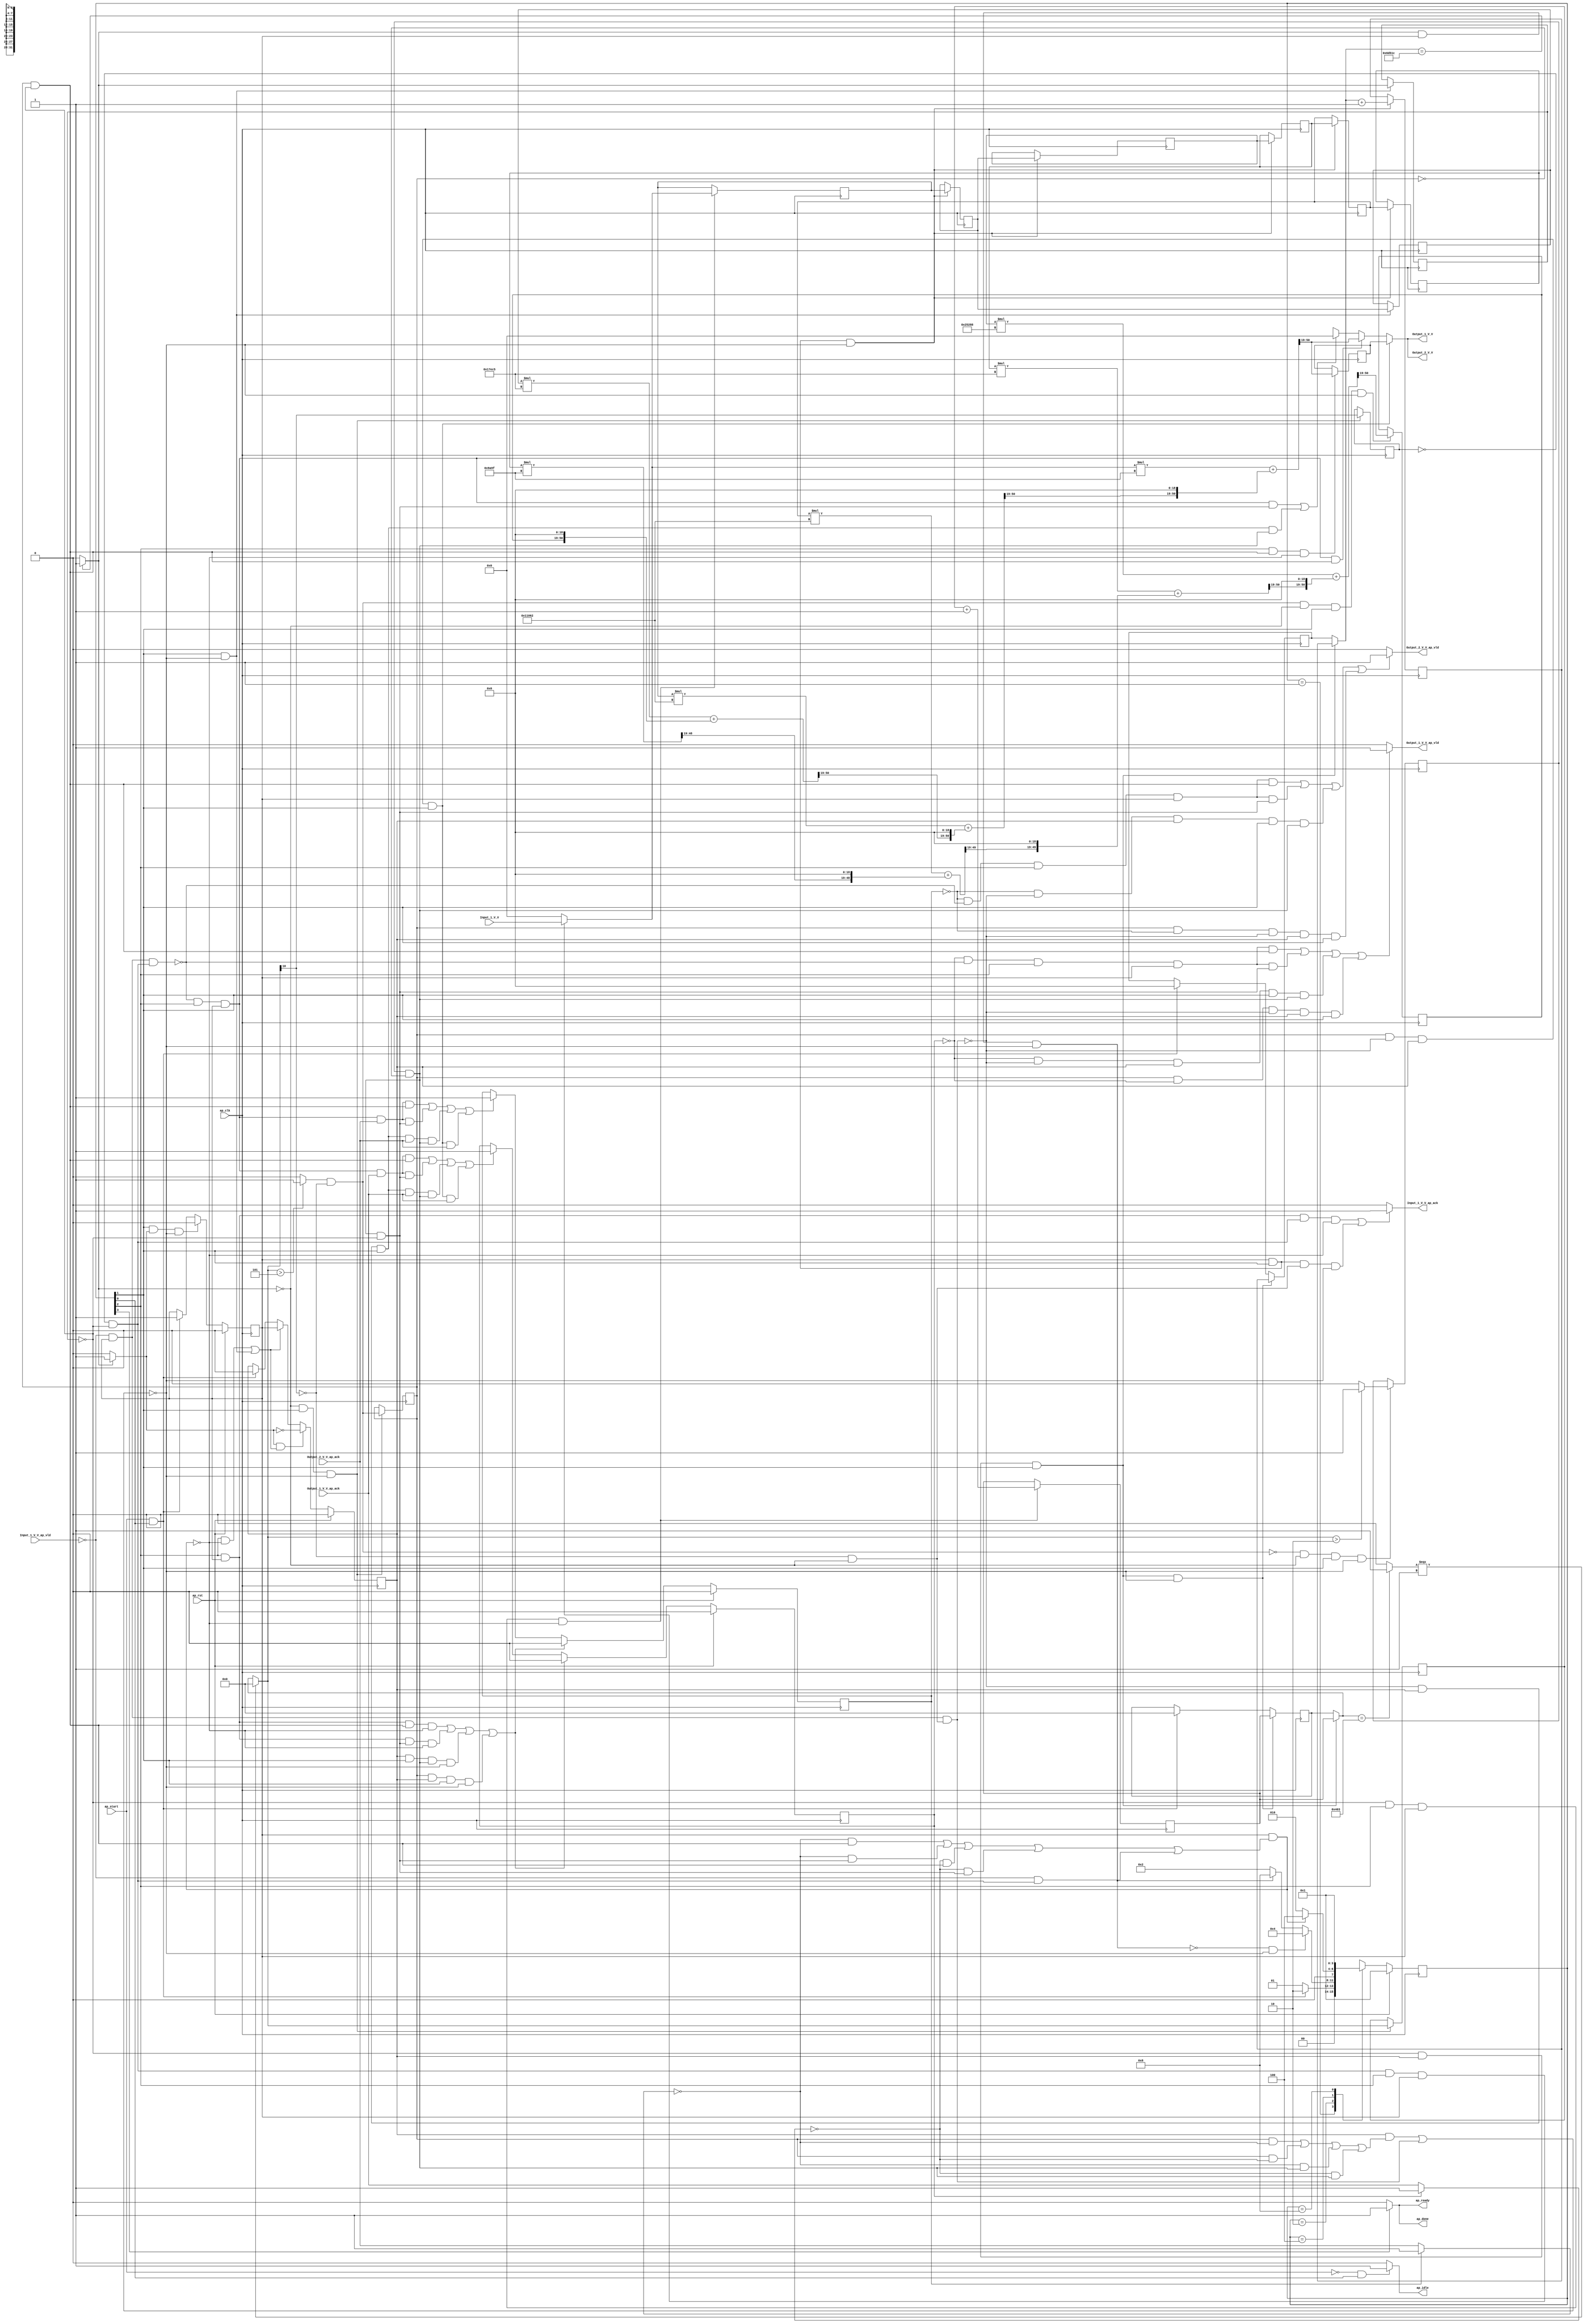
// ==============================================================
// RTL generated by Vivado(TM) HLS - High-Level Synthesis from C, C++ and SystemC
// Version: 2018.2
// Copyright (C) 1986-2018 Xilinx, Inc. All Rights Reserved.
// 
// ===========================================================

`timescale 1 ns / 1 ps 

(* CORE_GENERATION_INFO="gradient_weight_x1,hls_ip_2018_2,{HLS_INPUT_TYPE=cxx,HLS_INPUT_FLOAT=0,HLS_INPUT_FIXED=1,HLS_INPUT_PART=xczu9eg-ffvb1156-2-i,HLS_INPUT_CLOCK=10.000000,HLS_INPUT_ARCH=others,HLS_SYN_CLOCK=6.730643,HLS_SYN_LAT=895546,HLS_SYN_TPT=none,HLS_SYN_MEM=0,HLS_SYN_DSP=21,HLS_SYN_FF=371,HLS_SYN_LUT=809,HLS_VERSION=2018_2}" *)

module gradient_weight_x1 (
        ap_clk,
        ap_rst,
        ap_start,
        ap_done,
        ap_idle,
        ap_ready,
        Input_1_V_V,
        Input_1_V_V_ap_vld,
        Input_1_V_V_ap_ack,
        Output_1_V_V,
        Output_1_V_V_ap_vld,
        Output_1_V_V_ap_ack,
        Output_2_V_V,
        Output_2_V_V_ap_vld,
        Output_2_V_V_ap_ack
);

parameter    ap_ST_fsm_state1 = 4'd1;
parameter    ap_ST_fsm_pp0_stage0 = 4'd2;
parameter    ap_ST_fsm_pp0_stage1 = 4'd4;
parameter    ap_ST_fsm_state5 = 4'd8;

input   ap_clk;
input   ap_rst;
input   ap_start;
output   ap_done;
output   ap_idle;
output   ap_ready;
input  [31:0] Input_1_V_V;
input   Input_1_V_V_ap_vld;
output   Input_1_V_V_ap_ack;
output  [31:0] Output_1_V_V;
output   Output_1_V_V_ap_vld;
input   Output_1_V_V_ap_ack;
output  [31:0] Output_2_V_V;
output   Output_2_V_V_ap_vld;
input   Output_2_V_V_ap_ack;

reg ap_done;
reg ap_idle;
reg ap_ready;
reg Input_1_V_V_ap_ack;
reg[31:0] Output_1_V_V;
reg Output_1_V_V_ap_vld;
reg[31:0] Output_2_V_V;
reg Output_2_V_V_ap_vld;

(* fsm_encoding = "none" *) reg   [3:0] ap_CS_fsm;
wire    ap_CS_fsm_state1;
reg    Input_1_V_V_blk_n;
wire    ap_CS_fsm_pp0_stage0;
reg    ap_enable_reg_pp0_iter0;
wire    ap_block_pp0_stage0;
wire   [0:0] exitcond_flatten_fu_186_p2;
wire   [0:0] tmp_1_fu_237_p3;
wire    ap_CS_fsm_pp0_stage1;
wire    ap_block_pp0_stage1;
reg   [0:0] exitcond_flatten_reg_568;
reg   [0:0] tmp_1_reg_582;
reg    Output_1_V_V_blk_n;
reg   [0:0] or_cond_reg_586;
reg    ap_enable_reg_pp0_iter1;
reg   [0:0] tmp_s_reg_590;
reg    Output_2_V_V_blk_n;
reg   [18:0] indvar_flatten_reg_134;
reg   [10:0] c_reg_145;
reg  signed [31:0] buf_val_0_x_V_4_lo_reg_563;
reg    ap_predicate_op41_read_state2;
reg    ap_block_state2_pp0_stage0_iter0;
wire    ap_block_state4_pp0_stage0_iter1;
reg    ap_sig_ioackin_Output_1_V_V_ap_ack;
reg    ap_predicate_op100_write_state4;
reg    ap_sig_ioackin_Output_2_V_V_ap_ack;
reg    ap_block_state4_io;
reg    ap_block_pp0_stage0_11001;
wire   [18:0] indvar_flatten_next_fu_192_p2;
reg   [18:0] indvar_flatten_next_reg_572;
wire   [10:0] c_mid2_fu_229_p3;
reg   [10:0] c_mid2_reg_577;
wire   [0:0] or_cond_fu_257_p2;
wire   [0:0] tmp_s_fu_263_p2;
reg   [31:0] tmp_6_reg_594;
reg   [31:0] tmp_V_reg_599;
reg    ap_predicate_op68_read_state3;
reg    ap_block_state3_pp0_stage1_iter0;
reg    ap_predicate_op73_write_state3;
reg    ap_predicate_op93_write_state3;
reg    ap_block_state3_io;
reg    ap_block_pp0_stage1_11001;
wire   [10:0] c_1_fu_522_p2;
reg   [10:0] c_1_reg_605;
reg    ap_block_pp0_stage0_subdone;
reg    ap_condition_pp0_exit_iter0_state2;
reg    ap_block_pp0_stage1_subdone;
reg   [18:0] ap_phi_mux_indvar_flatten_phi_fu_138_p4;
reg   [10:0] ap_phi_mux_c_phi_fu_149_p4;
reg  signed [31:0] ap_phi_mux_buf_val_0_x_V_6_phi_fu_160_p4;
reg   [31:0] buf_val_0_x_V_5_fu_88;
reg   [31:0] buf_val_0_x_V_0_fu_92;
reg   [31:0] buf_val_0_x_V_1_fu_96;
reg   [31:0] buf_val_0_x_V_2_fu_100;
reg   [31:0] buf_val_0_x_V_3_fu_104;
reg   [31:0] buf_val_0_x_V_4_fu_108;
reg    ap_block_pp0_stage1_01001;
reg    ap_block_pp0_stage0_01001;
reg    ap_reg_ioackin_Output_1_V_V_ap_ack;
reg    ap_reg_ioackin_Output_2_V_V_ap_ack;
wire   [0:0] exitcond_fu_223_p2;
wire   [0:0] tmp_9_fu_251_p2;
wire   [0:0] rev_fu_245_p2;
wire  signed [31:0] OP1_V_cast_fu_269_p0;
wire  signed [31:0] p_Val2_3_fu_273_p0;
wire   [48:0] p_Val2_3_fu_273_p2;
wire  signed [31:0] OP1_V_1_cast_fu_289_p0;
wire  signed [31:0] p_Val2_3_1_fu_293_p0;
wire   [29:0] tmp_4_fu_279_p4;
wire   [48:0] tmp_fu_299_p3;
wire   [49:0] p_Val2_3_1_fu_293_p2;
wire  signed [49:0] tmp_12_1_cast_fu_307_p1;
wire  signed [31:0] OP1_V_2_cast_fu_317_p0;
wire  signed [31:0] p_Val2_3_2_fu_321_p0;
wire   [49:0] p_Val2_4_1_fu_311_p2;
wire   [30:0] tmp_3_fu_327_p4;
wire   [49:0] tmp_10_fu_337_p3;
wire   [49:0] p_Val2_3_2_fu_321_p2;
wire  signed [50:0] tmp_138_2_cast_fu_349_p1;
wire  signed [50:0] tmp_12_2_fu_345_p1;
wire  signed [31:0] OP1_V_3_cast_fu_359_p0;
wire  signed [31:0] p_Val2_3_3_fu_363_p0;
wire   [50:0] p_Val2_4_2_fu_353_p2;
wire   [31:0] tmp_5_fu_369_p4;
wire   [50:0] p_Val2_3_3_fu_363_p2;
wire   [50:0] tmp_12_3_fu_379_p3;
wire   [50:0] p_Val2_4_3_fu_387_p2;
wire  signed [31:0] p_Val2_3_4_fu_411_p0;
wire   [49:0] p_Val2_3_4_fu_411_p2;
wire  signed [50:0] tmp_138_4_cast_fu_424_p1;
wire   [50:0] tmp_12_4_fu_417_p3;
wire  signed [31:0] OP1_V_5_cast_fu_434_p0;
wire  signed [31:0] p_Val2_3_5_fu_438_p0;
wire   [50:0] p_Val2_4_4_fu_428_p2;
wire   [31:0] tmp_7_fu_444_p4;
wire   [49:0] p_Val2_3_5_fu_438_p2;
wire  signed [50:0] tmp_138_5_cast_fu_462_p1;
wire   [50:0] tmp_12_5_fu_454_p3;
wire  signed [31:0] p_Val2_3_6_fu_476_p0;
wire   [50:0] p_Val2_4_5_fu_466_p2;
wire   [31:0] tmp_8_fu_482_p4;
wire   [48:0] p_Val2_3_6_fu_476_p2;
wire  signed [50:0] tmp_138_6_cast_fu_500_p1;
wire   [50:0] tmp_12_6_fu_492_p3;
wire   [50:0] p_Val2_4_6_fu_504_p2;
wire    ap_CS_fsm_state5;
reg   [3:0] ap_NS_fsm;
reg    ap_idle_pp0;
wire    ap_enable_pp0;

// power-on initialization
initial begin
#0 ap_CS_fsm = 4'd1;
#0 ap_enable_reg_pp0_iter0 = 1'b0;
#0 ap_enable_reg_pp0_iter1 = 1'b0;
#0 ap_reg_ioackin_Output_1_V_V_ap_ack = 1'b0;
#0 ap_reg_ioackin_Output_2_V_V_ap_ack = 1'b0;
end

always @ (posedge ap_clk) begin
    if (ap_rst == 1'b1) begin
        ap_CS_fsm <= ap_ST_fsm_state1;
    end else begin
        ap_CS_fsm <= ap_NS_fsm;
    end
end

always @ (posedge ap_clk) begin
    if (ap_rst == 1'b1) begin
        ap_enable_reg_pp0_iter0 <= 1'b0;
    end else begin
        if (((1'b1 == ap_CS_fsm_pp0_stage0) & (1'b1 == ap_condition_pp0_exit_iter0_state2) & (1'b0 == ap_block_pp0_stage0_subdone))) begin
            ap_enable_reg_pp0_iter0 <= 1'b0;
        end else if (((ap_start == 1'b1) & (1'b1 == ap_CS_fsm_state1))) begin
            ap_enable_reg_pp0_iter0 <= 1'b1;
        end
    end
end

always @ (posedge ap_clk) begin
    if (ap_rst == 1'b1) begin
        ap_enable_reg_pp0_iter1 <= 1'b0;
    end else begin
        if (((1'b1 == ap_condition_pp0_exit_iter0_state2) & (((1'b1 == ap_CS_fsm_pp0_stage1) & (1'b0 == ap_block_pp0_stage1_subdone)) | ((1'b1 == ap_CS_fsm_pp0_stage0) & (1'b0 == ap_block_pp0_stage0_subdone))))) begin
            ap_enable_reg_pp0_iter1 <= (1'b1 ^ ap_condition_pp0_exit_iter0_state2);
        end else if ((((1'b1 == ap_CS_fsm_pp0_stage1) & (1'b0 == ap_block_pp0_stage1_subdone)) | ((1'b1 == ap_CS_fsm_pp0_stage0) & (1'b0 == ap_block_pp0_stage0_subdone)))) begin
            ap_enable_reg_pp0_iter1 <= ap_enable_reg_pp0_iter0;
        end else if (((ap_start == 1'b1) & (1'b1 == ap_CS_fsm_state1))) begin
            ap_enable_reg_pp0_iter1 <= 1'b0;
        end
    end
end

always @ (posedge ap_clk) begin
    if (ap_rst == 1'b1) begin
        ap_reg_ioackin_Output_1_V_V_ap_ack <= 1'b0;
    end else begin
        if ((((1'b1 == ap_CS_fsm_pp0_stage1) & (ap_enable_reg_pp0_iter0 == 1'b1) & (ap_predicate_op93_write_state3 == 1'b1) & (1'b0 == ap_block_pp0_stage1_11001)) | ((1'b1 == ap_CS_fsm_pp0_stage1) & (ap_enable_reg_pp0_iter0 == 1'b1) & (ap_predicate_op73_write_state3 == 1'b1) & (1'b0 == ap_block_pp0_stage1_11001)) | ((ap_enable_reg_pp0_iter1 == 1'b1) & (1'b1 == ap_CS_fsm_pp0_stage0) & (ap_predicate_op100_write_state4 == 1'b1) & (1'b0 == ap_block_pp0_stage0_11001)) | ((or_cond_reg_586 == 1'd1) & (ap_enable_reg_pp0_iter1 == 1'b1) & (1'b1 == ap_CS_fsm_pp0_stage0) & (1'b0 == ap_block_pp0_stage0_11001)))) begin
            ap_reg_ioackin_Output_1_V_V_ap_ack <= 1'b0;
        end else if ((((1'b0 == ap_block_pp0_stage1_01001) & (1'b1 == ap_CS_fsm_pp0_stage1) & (ap_enable_reg_pp0_iter0 == 1'b1) & (1'b1 == Output_1_V_V_ap_ack) & (ap_predicate_op93_write_state3 == 1'b1)) | ((1'b0 == ap_block_pp0_stage1_01001) & (1'b1 == ap_CS_fsm_pp0_stage1) & (ap_enable_reg_pp0_iter0 == 1'b1) & (1'b1 == Output_1_V_V_ap_ack) & (ap_predicate_op73_write_state3 == 1'b1)) | ((1'b0 == ap_block_pp0_stage0_01001) & (ap_enable_reg_pp0_iter1 == 1'b1) & (1'b1 == ap_CS_fsm_pp0_stage0) & (1'b1 == Output_1_V_V_ap_ack) & (ap_predicate_op100_write_state4 == 1'b1)) | ((or_cond_reg_586 == 1'd1) & (1'b0 == ap_block_pp0_stage0_01001) & (ap_enable_reg_pp0_iter1 == 1'b1) & (1'b1 == ap_CS_fsm_pp0_stage0) & (1'b1 == Output_1_V_V_ap_ack)))) begin
            ap_reg_ioackin_Output_1_V_V_ap_ack <= 1'b1;
        end
    end
end

always @ (posedge ap_clk) begin
    if (ap_rst == 1'b1) begin
        ap_reg_ioackin_Output_2_V_V_ap_ack <= 1'b0;
    end else begin
        if ((((1'b1 == ap_CS_fsm_pp0_stage1) & (ap_enable_reg_pp0_iter0 == 1'b1) & (ap_predicate_op93_write_state3 == 1'b1) & (1'b0 == ap_block_pp0_stage1_11001)) | ((1'b1 == ap_CS_fsm_pp0_stage1) & (ap_enable_reg_pp0_iter0 == 1'b1) & (ap_predicate_op73_write_state3 == 1'b1) & (1'b0 == ap_block_pp0_stage1_11001)) | ((ap_enable_reg_pp0_iter1 == 1'b1) & (1'b1 == ap_CS_fsm_pp0_stage0) & (ap_predicate_op100_write_state4 == 1'b1) & (1'b0 == ap_block_pp0_stage0_11001)) | ((or_cond_reg_586 == 1'd1) & (ap_enable_reg_pp0_iter1 == 1'b1) & (1'b1 == ap_CS_fsm_pp0_stage0) & (1'b0 == ap_block_pp0_stage0_11001)))) begin
            ap_reg_ioackin_Output_2_V_V_ap_ack <= 1'b0;
        end else if ((((1'b0 == ap_block_pp0_stage1_01001) & (1'b1 == ap_CS_fsm_pp0_stage1) & (ap_enable_reg_pp0_iter0 == 1'b1) & (1'b1 == Output_2_V_V_ap_ack) & (ap_predicate_op93_write_state3 == 1'b1)) | ((1'b0 == ap_block_pp0_stage1_01001) & (1'b1 == ap_CS_fsm_pp0_stage1) & (ap_enable_reg_pp0_iter0 == 1'b1) & (1'b1 == Output_2_V_V_ap_ack) & (ap_predicate_op73_write_state3 == 1'b1)) | ((1'b0 == ap_block_pp0_stage0_01001) & (ap_enable_reg_pp0_iter1 == 1'b1) & (1'b1 == ap_CS_fsm_pp0_stage0) & (1'b1 == Output_2_V_V_ap_ack) & (ap_predicate_op100_write_state4 == 1'b1)) | ((or_cond_reg_586 == 1'd1) & (1'b0 == ap_block_pp0_stage0_01001) & (ap_enable_reg_pp0_iter1 == 1'b1) & (1'b1 == ap_CS_fsm_pp0_stage0) & (1'b1 == Output_2_V_V_ap_ack)))) begin
            ap_reg_ioackin_Output_2_V_V_ap_ack <= 1'b1;
        end
    end
end

always @ (posedge ap_clk) begin
    if (((exitcond_flatten_reg_568 == 1'd0) & (ap_enable_reg_pp0_iter1 == 1'b1) & (1'b1 == ap_CS_fsm_pp0_stage0) & (1'b0 == ap_block_pp0_stage0_11001))) begin
        c_reg_145 <= c_1_reg_605;
    end else if (((ap_start == 1'b1) & (1'b1 == ap_CS_fsm_state1))) begin
        c_reg_145 <= 11'd0;
    end
end

always @ (posedge ap_clk) begin
    if (((exitcond_flatten_reg_568 == 1'd0) & (ap_enable_reg_pp0_iter1 == 1'b1) & (1'b1 == ap_CS_fsm_pp0_stage0) & (1'b0 == ap_block_pp0_stage0_11001))) begin
        indvar_flatten_reg_134 <= indvar_flatten_next_reg_572;
    end else if (((ap_start == 1'b1) & (1'b1 == ap_CS_fsm_state1))) begin
        indvar_flatten_reg_134 <= 19'd0;
    end
end

always @ (posedge ap_clk) begin
    if (((ap_enable_reg_pp0_iter0 == 1'b1) & (1'b1 == ap_CS_fsm_pp0_stage0) & (1'b0 == ap_block_pp0_stage0_11001))) begin
        buf_val_0_x_V_0_fu_92 <= buf_val_0_x_V_1_fu_96;
        buf_val_0_x_V_1_fu_96 <= buf_val_0_x_V_2_fu_100;
        buf_val_0_x_V_2_fu_100 <= buf_val_0_x_V_3_fu_104;
        buf_val_0_x_V_3_fu_104 <= buf_val_0_x_V_4_fu_108;
        buf_val_0_x_V_4_fu_108 <= buf_val_0_x_V_5_fu_88;
        indvar_flatten_next_reg_572 <= indvar_flatten_next_fu_192_p2;
    end
end

always @ (posedge ap_clk) begin
    if (((1'b1 == ap_CS_fsm_pp0_stage0) & (1'b0 == ap_block_pp0_stage0_11001))) begin
        buf_val_0_x_V_4_lo_reg_563 <= buf_val_0_x_V_4_fu_108;
        exitcond_flatten_reg_568 <= exitcond_flatten_fu_186_p2;
    end
end

always @ (posedge ap_clk) begin
    if (((exitcond_flatten_reg_568 == 1'd0) & (1'b1 == ap_CS_fsm_pp0_stage1) & (ap_enable_reg_pp0_iter0 == 1'b1) & (1'b0 == ap_block_pp0_stage1_11001))) begin
        buf_val_0_x_V_5_fu_88 <= ap_phi_mux_buf_val_0_x_V_6_phi_fu_160_p4;
        c_1_reg_605 <= c_1_fu_522_p2;
    end
end

always @ (posedge ap_clk) begin
    if (((exitcond_flatten_fu_186_p2 == 1'd0) & (1'b1 == ap_CS_fsm_pp0_stage0) & (1'b0 == ap_block_pp0_stage0_11001))) begin
        c_mid2_reg_577 <= c_mid2_fu_229_p3;
        or_cond_reg_586 <= or_cond_fu_257_p2;
        tmp_1_reg_582 <= c_mid2_fu_229_p3[32'd10];
    end
end

always @ (posedge ap_clk) begin
    if (((or_cond_fu_257_p2 == 1'd1) & (exitcond_flatten_fu_186_p2 == 1'd0) & (1'b1 == ap_CS_fsm_pp0_stage0) & (1'b0 == ap_block_pp0_stage0_11001))) begin
        tmp_6_reg_594 <= {{p_Val2_4_3_fu_387_p2[50:19]}};
    end
end

always @ (posedge ap_clk) begin
    if (((1'b1 == ap_CS_fsm_pp0_stage1) & (ap_predicate_op93_write_state3 == 1'b1) & (1'b0 == ap_block_pp0_stage1_11001))) begin
        tmp_V_reg_599 <= {{p_Val2_4_6_fu_504_p2[50:19]}};
    end
end

always @ (posedge ap_clk) begin
    if (((or_cond_fu_257_p2 == 1'd0) & (exitcond_flatten_fu_186_p2 == 1'd0) & (1'b1 == ap_CS_fsm_pp0_stage0) & (1'b0 == ap_block_pp0_stage0_11001))) begin
        tmp_s_reg_590 <= tmp_s_fu_263_p2;
    end
end

always @ (*) begin
    if ((((1'b1 == ap_CS_fsm_pp0_stage1) & (ap_enable_reg_pp0_iter0 == 1'b1) & (ap_predicate_op68_read_state3 == 1'b1) & (1'b0 == ap_block_pp0_stage1_11001)) | ((ap_enable_reg_pp0_iter0 == 1'b1) & (1'b1 == ap_CS_fsm_pp0_stage0) & (ap_predicate_op41_read_state2 == 1'b1) & (1'b0 == ap_block_pp0_stage0_11001)))) begin
        Input_1_V_V_ap_ack = 1'b1;
    end else begin
        Input_1_V_V_ap_ack = 1'b0;
    end
end

always @ (*) begin
    if ((((1'b0 == ap_block_pp0_stage1) & (tmp_1_reg_582 == 1'd0) & (exitcond_flatten_reg_568 == 1'd0) & (1'b1 == ap_CS_fsm_pp0_stage1) & (ap_enable_reg_pp0_iter0 == 1'b1)) | ((tmp_1_fu_237_p3 == 1'd0) & (exitcond_flatten_fu_186_p2 == 1'd0) & (1'b0 == ap_block_pp0_stage0) & (ap_enable_reg_pp0_iter0 == 1'b1) & (1'b1 == ap_CS_fsm_pp0_stage0)))) begin
        Input_1_V_V_blk_n = Input_1_V_V_ap_vld;
    end else begin
        Input_1_V_V_blk_n = 1'b1;
    end
end

always @ (*) begin
    if (((or_cond_reg_586 == 1'd1) & (1'b0 == ap_block_pp0_stage0_01001) & (ap_enable_reg_pp0_iter1 == 1'b1) & (1'b1 == ap_CS_fsm_pp0_stage0))) begin
        Output_1_V_V = tmp_V_reg_599;
    end else if (((1'b0 == ap_block_pp0_stage1_01001) & (1'b1 == ap_CS_fsm_pp0_stage1) & (ap_enable_reg_pp0_iter0 == 1'b1) & (ap_predicate_op93_write_state3 == 1'b1))) begin
        Output_1_V_V = {{p_Val2_4_6_fu_504_p2[50:19]}};
    end else if ((((1'b0 == ap_block_pp0_stage1_01001) & (1'b1 == ap_CS_fsm_pp0_stage1) & (ap_enable_reg_pp0_iter0 == 1'b1) & (ap_predicate_op73_write_state3 == 1'b1)) | ((1'b0 == ap_block_pp0_stage0_01001) & (ap_enable_reg_pp0_iter1 == 1'b1) & (1'b1 == ap_CS_fsm_pp0_stage0) & (ap_predicate_op100_write_state4 == 1'b1)))) begin
        Output_1_V_V = 32'd0;
    end else begin
        Output_1_V_V = 'bx;
    end
end

always @ (*) begin
    if ((((ap_reg_ioackin_Output_1_V_V_ap_ack == 1'b0) & (1'b0 == ap_block_pp0_stage1_01001) & (1'b1 == ap_CS_fsm_pp0_stage1) & (ap_enable_reg_pp0_iter0 == 1'b1) & (ap_predicate_op93_write_state3 == 1'b1)) | ((ap_reg_ioackin_Output_1_V_V_ap_ack == 1'b0) & (1'b0 == ap_block_pp0_stage1_01001) & (1'b1 == ap_CS_fsm_pp0_stage1) & (ap_enable_reg_pp0_iter0 == 1'b1) & (ap_predicate_op73_write_state3 == 1'b1)) | ((ap_reg_ioackin_Output_1_V_V_ap_ack == 1'b0) & (1'b0 == ap_block_pp0_stage0_01001) & (ap_enable_reg_pp0_iter1 == 1'b1) & (1'b1 == ap_CS_fsm_pp0_stage0) & (ap_predicate_op100_write_state4 == 1'b1)) | ((or_cond_reg_586 == 1'd1) & (ap_reg_ioackin_Output_1_V_V_ap_ack == 1'b0) & (1'b0 == ap_block_pp0_stage0_01001) & (ap_enable_reg_pp0_iter1 == 1'b1) & (1'b1 == ap_CS_fsm_pp0_stage0)))) begin
        Output_1_V_V_ap_vld = 1'b1;
    end else begin
        Output_1_V_V_ap_vld = 1'b0;
    end
end

always @ (*) begin
    if ((((tmp_s_reg_590 == 1'd1) & (1'b0 == ap_block_pp0_stage1) & (or_cond_reg_586 == 1'd0) & (exitcond_flatten_reg_568 == 1'd0) & (1'b1 == ap_CS_fsm_pp0_stage1) & (ap_enable_reg_pp0_iter0 == 1'b1)) | ((or_cond_reg_586 == 1'd1) & (1'b0 == ap_block_pp0_stage1) & (exitcond_flatten_reg_568 == 1'd0) & (1'b1 == ap_CS_fsm_pp0_stage1) & (ap_enable_reg_pp0_iter0 == 1'b1)) | ((tmp_s_reg_590 == 1'd1) & (or_cond_reg_586 == 1'd0) & (1'b0 == ap_block_pp0_stage0) & (ap_enable_reg_pp0_iter1 == 1'b1) & (1'b1 == ap_CS_fsm_pp0_stage0)) | ((or_cond_reg_586 == 1'd1) & (1'b0 == ap_block_pp0_stage0) & (ap_enable_reg_pp0_iter1 == 1'b1) & (1'b1 == ap_CS_fsm_pp0_stage0)))) begin
        Output_1_V_V_blk_n = Output_1_V_V_ap_ack;
    end else begin
        Output_1_V_V_blk_n = 1'b1;
    end
end

always @ (*) begin
    if (((or_cond_reg_586 == 1'd1) & (1'b0 == ap_block_pp0_stage0_01001) & (ap_enable_reg_pp0_iter1 == 1'b1) & (1'b1 == ap_CS_fsm_pp0_stage0))) begin
        Output_2_V_V = tmp_V_reg_599;
    end else if (((1'b0 == ap_block_pp0_stage1_01001) & (1'b1 == ap_CS_fsm_pp0_stage1) & (ap_enable_reg_pp0_iter0 == 1'b1) & (ap_predicate_op93_write_state3 == 1'b1))) begin
        Output_2_V_V = {{p_Val2_4_6_fu_504_p2[50:19]}};
    end else if ((((1'b0 == ap_block_pp0_stage1_01001) & (1'b1 == ap_CS_fsm_pp0_stage1) & (ap_enable_reg_pp0_iter0 == 1'b1) & (ap_predicate_op73_write_state3 == 1'b1)) | ((1'b0 == ap_block_pp0_stage0_01001) & (ap_enable_reg_pp0_iter1 == 1'b1) & (1'b1 == ap_CS_fsm_pp0_stage0) & (ap_predicate_op100_write_state4 == 1'b1)))) begin
        Output_2_V_V = 32'd0;
    end else begin
        Output_2_V_V = 'bx;
    end
end

always @ (*) begin
    if ((((ap_reg_ioackin_Output_2_V_V_ap_ack == 1'b0) & (1'b0 == ap_block_pp0_stage1_01001) & (1'b1 == ap_CS_fsm_pp0_stage1) & (ap_enable_reg_pp0_iter0 == 1'b1) & (ap_predicate_op93_write_state3 == 1'b1)) | ((ap_reg_ioackin_Output_2_V_V_ap_ack == 1'b0) & (1'b0 == ap_block_pp0_stage1_01001) & (1'b1 == ap_CS_fsm_pp0_stage1) & (ap_enable_reg_pp0_iter0 == 1'b1) & (ap_predicate_op73_write_state3 == 1'b1)) | ((ap_reg_ioackin_Output_2_V_V_ap_ack == 1'b0) & (1'b0 == ap_block_pp0_stage0_01001) & (ap_enable_reg_pp0_iter1 == 1'b1) & (1'b1 == ap_CS_fsm_pp0_stage0) & (ap_predicate_op100_write_state4 == 1'b1)) | ((or_cond_reg_586 == 1'd1) & (ap_reg_ioackin_Output_2_V_V_ap_ack == 1'b0) & (1'b0 == ap_block_pp0_stage0_01001) & (ap_enable_reg_pp0_iter1 == 1'b1) & (1'b1 == ap_CS_fsm_pp0_stage0)))) begin
        Output_2_V_V_ap_vld = 1'b1;
    end else begin
        Output_2_V_V_ap_vld = 1'b0;
    end
end

always @ (*) begin
    if ((((tmp_s_reg_590 == 1'd1) & (1'b0 == ap_block_pp0_stage1) & (or_cond_reg_586 == 1'd0) & (exitcond_flatten_reg_568 == 1'd0) & (1'b1 == ap_CS_fsm_pp0_stage1) & (ap_enable_reg_pp0_iter0 == 1'b1)) | ((or_cond_reg_586 == 1'd1) & (1'b0 == ap_block_pp0_stage1) & (exitcond_flatten_reg_568 == 1'd0) & (1'b1 == ap_CS_fsm_pp0_stage1) & (ap_enable_reg_pp0_iter0 == 1'b1)) | ((tmp_s_reg_590 == 1'd1) & (or_cond_reg_586 == 1'd0) & (1'b0 == ap_block_pp0_stage0) & (ap_enable_reg_pp0_iter1 == 1'b1) & (1'b1 == ap_CS_fsm_pp0_stage0)) | ((or_cond_reg_586 == 1'd1) & (1'b0 == ap_block_pp0_stage0) & (ap_enable_reg_pp0_iter1 == 1'b1) & (1'b1 == ap_CS_fsm_pp0_stage0)))) begin
        Output_2_V_V_blk_n = Output_2_V_V_ap_ack;
    end else begin
        Output_2_V_V_blk_n = 1'b1;
    end
end

always @ (*) begin
    if ((exitcond_flatten_fu_186_p2 == 1'd1)) begin
        ap_condition_pp0_exit_iter0_state2 = 1'b1;
    end else begin
        ap_condition_pp0_exit_iter0_state2 = 1'b0;
    end
end

always @ (*) begin
    if ((1'b1 == ap_CS_fsm_state5)) begin
        ap_done = 1'b1;
    end else begin
        ap_done = 1'b0;
    end
end

always @ (*) begin
    if (((ap_start == 1'b0) & (1'b1 == ap_CS_fsm_state1))) begin
        ap_idle = 1'b1;
    end else begin
        ap_idle = 1'b0;
    end
end

always @ (*) begin
    if (((ap_enable_reg_pp0_iter1 == 1'b0) & (ap_enable_reg_pp0_iter0 == 1'b0))) begin
        ap_idle_pp0 = 1'b1;
    end else begin
        ap_idle_pp0 = 1'b0;
    end
end

always @ (*) begin
    if (((1'b0 == ap_block_pp0_stage1) & (tmp_1_reg_582 == 1'd0) & (exitcond_flatten_reg_568 == 1'd0) & (1'b1 == ap_CS_fsm_pp0_stage1) & (ap_enable_reg_pp0_iter0 == 1'b1))) begin
        ap_phi_mux_buf_val_0_x_V_6_phi_fu_160_p4 = Input_1_V_V;
    end else begin
        ap_phi_mux_buf_val_0_x_V_6_phi_fu_160_p4 = 32'd0;
    end
end

always @ (*) begin
    if (((exitcond_flatten_reg_568 == 1'd0) & (1'b0 == ap_block_pp0_stage0) & (ap_enable_reg_pp0_iter1 == 1'b1) & (1'b1 == ap_CS_fsm_pp0_stage0))) begin
        ap_phi_mux_c_phi_fu_149_p4 = c_1_reg_605;
    end else begin
        ap_phi_mux_c_phi_fu_149_p4 = c_reg_145;
    end
end

always @ (*) begin
    if (((exitcond_flatten_reg_568 == 1'd0) & (1'b0 == ap_block_pp0_stage0) & (ap_enable_reg_pp0_iter1 == 1'b1) & (1'b1 == ap_CS_fsm_pp0_stage0))) begin
        ap_phi_mux_indvar_flatten_phi_fu_138_p4 = indvar_flatten_next_reg_572;
    end else begin
        ap_phi_mux_indvar_flatten_phi_fu_138_p4 = indvar_flatten_reg_134;
    end
end

always @ (*) begin
    if ((1'b1 == ap_CS_fsm_state5)) begin
        ap_ready = 1'b1;
    end else begin
        ap_ready = 1'b0;
    end
end

always @ (*) begin
    if ((ap_reg_ioackin_Output_1_V_V_ap_ack == 1'b0)) begin
        ap_sig_ioackin_Output_1_V_V_ap_ack = Output_1_V_V_ap_ack;
    end else begin
        ap_sig_ioackin_Output_1_V_V_ap_ack = 1'b1;
    end
end

always @ (*) begin
    if ((ap_reg_ioackin_Output_2_V_V_ap_ack == 1'b0)) begin
        ap_sig_ioackin_Output_2_V_V_ap_ack = Output_2_V_V_ap_ack;
    end else begin
        ap_sig_ioackin_Output_2_V_V_ap_ack = 1'b1;
    end
end

always @ (*) begin
    case (ap_CS_fsm)
        ap_ST_fsm_state1 : begin
            if (((ap_start == 1'b1) & (1'b1 == ap_CS_fsm_state1))) begin
                ap_NS_fsm = ap_ST_fsm_pp0_stage0;
            end else begin
                ap_NS_fsm = ap_ST_fsm_state1;
            end
        end
        ap_ST_fsm_pp0_stage0 : begin
            if ((~((exitcond_flatten_fu_186_p2 == 1'd1) & (ap_enable_reg_pp0_iter0 == 1'b1) & (1'b0 == ap_block_pp0_stage0_subdone)) & (1'b0 == ap_block_pp0_stage0_subdone))) begin
                ap_NS_fsm = ap_ST_fsm_pp0_stage1;
            end else if (((exitcond_flatten_fu_186_p2 == 1'd1) & (ap_enable_reg_pp0_iter0 == 1'b1) & (1'b0 == ap_block_pp0_stage0_subdone))) begin
                ap_NS_fsm = ap_ST_fsm_state5;
            end else begin
                ap_NS_fsm = ap_ST_fsm_pp0_stage0;
            end
        end
        ap_ST_fsm_pp0_stage1 : begin
            if ((1'b0 == ap_block_pp0_stage1_subdone)) begin
                ap_NS_fsm = ap_ST_fsm_pp0_stage0;
            end else begin
                ap_NS_fsm = ap_ST_fsm_pp0_stage1;
            end
        end
        ap_ST_fsm_state5 : begin
            ap_NS_fsm = ap_ST_fsm_state1;
        end
        default : begin
            ap_NS_fsm = 'bx;
        end
    endcase
end

assign OP1_V_1_cast_fu_289_p0 = buf_val_0_x_V_1_fu_96;

assign OP1_V_2_cast_fu_317_p0 = buf_val_0_x_V_2_fu_100;

assign OP1_V_3_cast_fu_359_p0 = buf_val_0_x_V_3_fu_104;

assign OP1_V_5_cast_fu_434_p0 = buf_val_0_x_V_5_fu_88;

assign OP1_V_cast_fu_269_p0 = buf_val_0_x_V_0_fu_92;

assign ap_CS_fsm_pp0_stage0 = ap_CS_fsm[32'd1];

assign ap_CS_fsm_pp0_stage1 = ap_CS_fsm[32'd2];

assign ap_CS_fsm_state1 = ap_CS_fsm[32'd0];

assign ap_CS_fsm_state5 = ap_CS_fsm[32'd3];

assign ap_block_pp0_stage0 = ~(1'b1 == 1'b1);

always @ (*) begin
    ap_block_pp0_stage0_01001 = ((1'b0 == Input_1_V_V_ap_vld) & (ap_enable_reg_pp0_iter0 == 1'b1) & (ap_predicate_op41_read_state2 == 1'b1));
end

always @ (*) begin
    ap_block_pp0_stage0_11001 = (((ap_enable_reg_pp0_iter1 == 1'b1) & (1'b1 == ap_block_state4_io)) | ((1'b0 == Input_1_V_V_ap_vld) & (ap_enable_reg_pp0_iter0 == 1'b1) & (ap_predicate_op41_read_state2 == 1'b1)));
end

always @ (*) begin
    ap_block_pp0_stage0_subdone = (((ap_enable_reg_pp0_iter1 == 1'b1) & (1'b1 == ap_block_state4_io)) | ((1'b0 == Input_1_V_V_ap_vld) & (ap_enable_reg_pp0_iter0 == 1'b1) & (ap_predicate_op41_read_state2 == 1'b1)));
end

assign ap_block_pp0_stage1 = ~(1'b1 == 1'b1);

always @ (*) begin
    ap_block_pp0_stage1_01001 = ((1'b0 == Input_1_V_V_ap_vld) & (ap_enable_reg_pp0_iter0 == 1'b1) & (ap_predicate_op68_read_state3 == 1'b1));
end

always @ (*) begin
    ap_block_pp0_stage1_11001 = ((ap_enable_reg_pp0_iter0 == 1'b1) & ((1'b1 == ap_block_state3_io) | ((1'b0 == Input_1_V_V_ap_vld) & (ap_predicate_op68_read_state3 == 1'b1))));
end

always @ (*) begin
    ap_block_pp0_stage1_subdone = ((ap_enable_reg_pp0_iter0 == 1'b1) & ((1'b1 == ap_block_state3_io) | ((1'b0 == Input_1_V_V_ap_vld) & (ap_predicate_op68_read_state3 == 1'b1))));
end

always @ (*) begin
    ap_block_state2_pp0_stage0_iter0 = ((1'b0 == Input_1_V_V_ap_vld) & (ap_predicate_op41_read_state2 == 1'b1));
end

always @ (*) begin
    ap_block_state3_io = (((ap_sig_ioackin_Output_2_V_V_ap_ack == 1'b0) & (ap_predicate_op93_write_state3 == 1'b1)) | ((ap_sig_ioackin_Output_2_V_V_ap_ack == 1'b0) & (ap_predicate_op73_write_state3 == 1'b1)) | ((ap_sig_ioackin_Output_1_V_V_ap_ack == 1'b0) & (ap_predicate_op93_write_state3 == 1'b1)) | ((ap_sig_ioackin_Output_1_V_V_ap_ack == 1'b0) & (ap_predicate_op73_write_state3 == 1'b1)));
end

always @ (*) begin
    ap_block_state3_pp0_stage1_iter0 = ((1'b0 == Input_1_V_V_ap_vld) & (ap_predicate_op68_read_state3 == 1'b1));
end

always @ (*) begin
    ap_block_state4_io = (((or_cond_reg_586 == 1'd1) & (ap_sig_ioackin_Output_2_V_V_ap_ack == 1'b0)) | ((or_cond_reg_586 == 1'd1) & (ap_sig_ioackin_Output_1_V_V_ap_ack == 1'b0)) | ((ap_sig_ioackin_Output_2_V_V_ap_ack == 1'b0) & (ap_predicate_op100_write_state4 == 1'b1)) | ((ap_sig_ioackin_Output_1_V_V_ap_ack == 1'b0) & (ap_predicate_op100_write_state4 == 1'b1)));
end

assign ap_block_state4_pp0_stage0_iter1 = ~(1'b1 == 1'b1);

assign ap_enable_pp0 = (ap_idle_pp0 ^ 1'b1);

always @ (*) begin
    ap_predicate_op100_write_state4 = ((tmp_s_reg_590 == 1'd1) & (or_cond_reg_586 == 1'd0));
end

always @ (*) begin
    ap_predicate_op41_read_state2 = ((tmp_1_fu_237_p3 == 1'd0) & (exitcond_flatten_fu_186_p2 == 1'd0));
end

always @ (*) begin
    ap_predicate_op68_read_state3 = ((tmp_1_reg_582 == 1'd0) & (exitcond_flatten_reg_568 == 1'd0));
end

always @ (*) begin
    ap_predicate_op73_write_state3 = ((tmp_s_reg_590 == 1'd1) & (or_cond_reg_586 == 1'd0) & (exitcond_flatten_reg_568 == 1'd0));
end

always @ (*) begin
    ap_predicate_op93_write_state3 = ((or_cond_reg_586 == 1'd1) & (exitcond_flatten_reg_568 == 1'd0));
end

assign c_1_fu_522_p2 = (c_mid2_reg_577 + 11'd1);

assign c_mid2_fu_229_p3 = ((exitcond_fu_223_p2[0:0] === 1'b1) ? 11'd0 : ap_phi_mux_c_phi_fu_149_p4);

assign exitcond_flatten_fu_186_p2 = ((ap_phi_mux_indvar_flatten_phi_fu_138_p4 == 19'd447772) ? 1'b1 : 1'b0);

assign exitcond_fu_223_p2 = ((ap_phi_mux_c_phi_fu_149_p4 == 11'd1027) ? 1'b1 : 1'b0);

assign indvar_flatten_next_fu_192_p2 = (ap_phi_mux_indvar_flatten_phi_fu_138_p4 + 19'd1);

assign or_cond_fu_257_p2 = (tmp_9_fu_251_p2 & rev_fu_245_p2);

assign p_Val2_3_1_fu_293_p0 = OP1_V_1_cast_fu_289_p0;

assign p_Val2_3_1_fu_293_p2 = ($signed(p_Val2_3_1_fu_293_p0) * $signed('h11062));

assign p_Val2_3_2_fu_321_p0 = OP1_V_2_cast_fu_317_p0;

assign p_Val2_3_2_fu_321_p2 = ($signed(p_Val2_3_2_fu_321_p0) * $signed('h17EC5));

assign p_Val2_3_3_fu_363_p0 = OP1_V_3_cast_fu_359_p0;

assign p_Val2_3_3_fu_363_p2 = ($signed(p_Val2_3_3_fu_363_p0) * $signed('h25288));

assign p_Val2_3_4_fu_411_p0 = buf_val_0_x_V_4_lo_reg_563;

assign p_Val2_3_4_fu_411_p2 = ($signed(p_Val2_3_4_fu_411_p0) * $signed('h17EC5));

assign p_Val2_3_5_fu_438_p0 = OP1_V_5_cast_fu_434_p0;

assign p_Val2_3_5_fu_438_p2 = ($signed(p_Val2_3_5_fu_438_p0) * $signed('h11062));

assign p_Val2_3_6_fu_476_p0 = ap_phi_mux_buf_val_0_x_V_6_phi_fu_160_p4;

assign p_Val2_3_6_fu_476_p2 = ($signed(p_Val2_3_6_fu_476_p0) * $signed('h9A9F));

assign p_Val2_3_fu_273_p0 = OP1_V_cast_fu_269_p0;

assign p_Val2_3_fu_273_p2 = ($signed(p_Val2_3_fu_273_p0) * $signed('h9A9F));

assign p_Val2_4_1_fu_311_p2 = ($signed(p_Val2_3_1_fu_293_p2) + $signed(tmp_12_1_cast_fu_307_p1));

assign p_Val2_4_2_fu_353_p2 = ($signed(tmp_138_2_cast_fu_349_p1) + $signed(tmp_12_2_fu_345_p1));

assign p_Val2_4_3_fu_387_p2 = (p_Val2_3_3_fu_363_p2 + tmp_12_3_fu_379_p3);

assign p_Val2_4_4_fu_428_p2 = ($signed(tmp_138_4_cast_fu_424_p1) + $signed(tmp_12_4_fu_417_p3));

assign p_Val2_4_5_fu_466_p2 = ($signed(tmp_138_5_cast_fu_462_p1) + $signed(tmp_12_5_fu_454_p3));

assign p_Val2_4_6_fu_504_p2 = ($signed(tmp_138_6_cast_fu_500_p1) + $signed(tmp_12_6_fu_492_p3));

assign rev_fu_245_p2 = (tmp_1_fu_237_p3 ^ 1'd1);

assign tmp_10_fu_337_p3 = {{tmp_3_fu_327_p4}, {19'd0}};

assign tmp_12_1_cast_fu_307_p1 = $signed(tmp_fu_299_p3);

assign tmp_12_2_fu_345_p1 = $signed(tmp_10_fu_337_p3);

assign tmp_12_3_fu_379_p3 = {{tmp_5_fu_369_p4}, {19'd0}};

assign tmp_12_4_fu_417_p3 = {{tmp_6_reg_594}, {19'd0}};

assign tmp_12_5_fu_454_p3 = {{tmp_7_fu_444_p4}, {19'd0}};

assign tmp_12_6_fu_492_p3 = {{tmp_8_fu_482_p4}, {19'd0}};

assign tmp_138_2_cast_fu_349_p1 = $signed(p_Val2_3_2_fu_321_p2);

assign tmp_138_4_cast_fu_424_p1 = $signed(p_Val2_3_4_fu_411_p2);

assign tmp_138_5_cast_fu_462_p1 = $signed(p_Val2_3_5_fu_438_p2);

assign tmp_138_6_cast_fu_500_p1 = $signed(p_Val2_3_6_fu_476_p2);

assign tmp_1_fu_237_p3 = c_mid2_fu_229_p3[32'd10];

assign tmp_3_fu_327_p4 = {{p_Val2_4_1_fu_311_p2[49:19]}};

assign tmp_4_fu_279_p4 = {{p_Val2_3_fu_273_p2[48:19]}};

assign tmp_5_fu_369_p4 = {{p_Val2_4_2_fu_353_p2[50:19]}};

assign tmp_7_fu_444_p4 = {{p_Val2_4_4_fu_428_p2[50:19]}};

assign tmp_8_fu_482_p4 = {{p_Val2_4_5_fu_466_p2[50:19]}};

assign tmp_9_fu_251_p2 = ((c_mid2_fu_229_p3 > 11'd5) ? 1'b1 : 1'b0);

assign tmp_fu_299_p3 = {{tmp_4_fu_279_p4}, {19'd0}};

assign tmp_s_fu_263_p2 = ((c_mid2_fu_229_p3 > 11'd2) ? 1'b1 : 1'b0);

endmodule //gradient_weight_x1